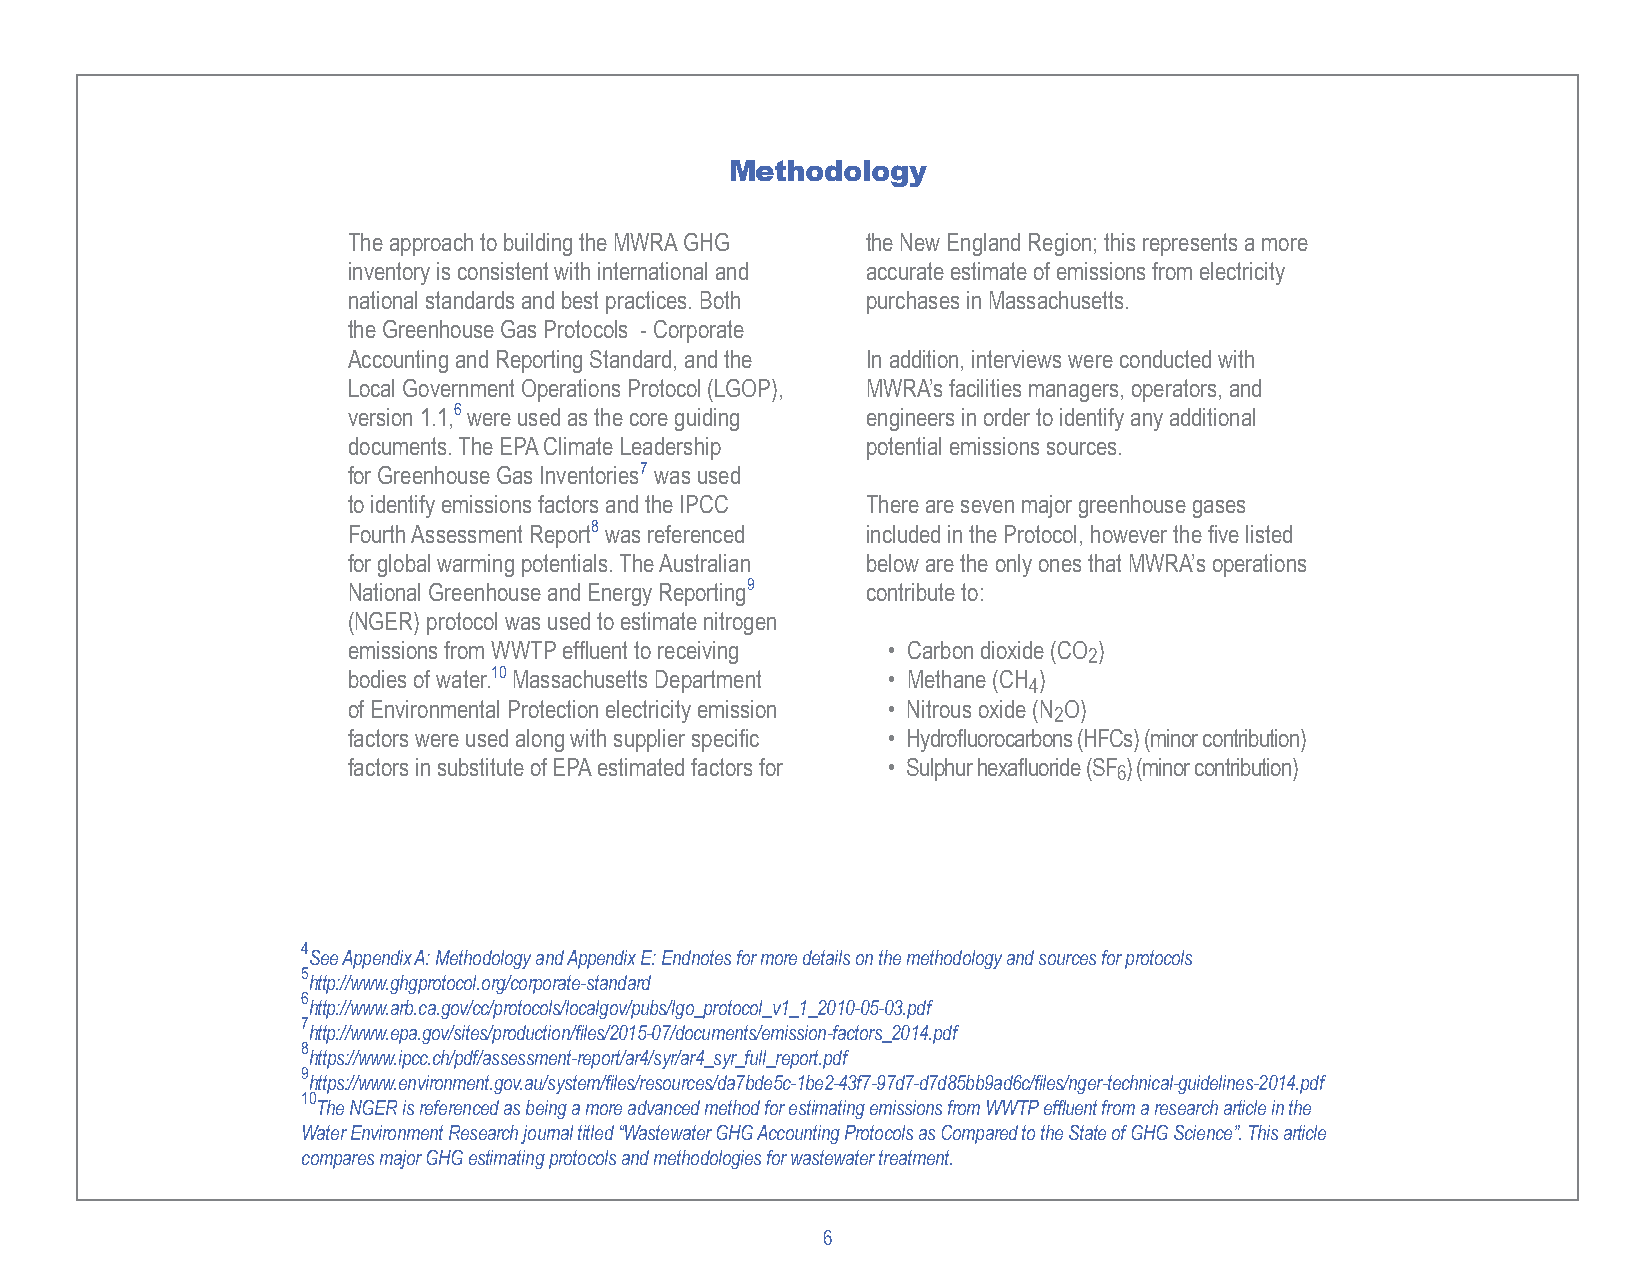
Methodology
 The approach to building the MWRA GHG the New England Region; this represents a more
 inventory is consistent with international and accurate estimate of emissions from electricity
 national standards and best practices. Both purchases in Massachusetts.
 the Greenhouse Gas Protocols - Corporate
 Accounting and Reporting Standard, and the In addition, interviews were conducted with
 Local Government Operations Protocol (LGOP), MWRA’s facilities managers, operators, and
 version 1.1,6 were used as the core guiding engineers in order to identify any additional
 documents. The EPA Climate Leadership potential emissions sources.
 for Greenhouse Gas Inventories7 was used
 to identify emissions factors and the IPCC There are seven major greenhouse gases
 Fourth Assessment Report8 was referenced included in the Protocol, however the five listed
 for global warming potentials. The Australian below are the only ones that MWRA’s operations
 National Greenhouse and Energy Reporting9 contribute to:
 (NGER) protocol was used to estimate nitrogen
 emissions from WWTP effluent to receiving • Carbon dioxide (CO )
 2
 bodies of water.10 Massachusetts Department • Methane (CH )
 4
 of Environmental Protection electricity emission • Nitrous oxide (N O)
 2
 factors were used along with supplier specific • Hydrofluorocarbons (HFCs) (minor contribution)
 factors in substitute of EPA estimated factors for • Sulphur hexafluoride (SF ) (minor contribution)
 6
 4
 See Appendix A: Methodology and Appendix E: Endnotes for more details on the methodology and sources for protocols
 5
 http://www.ghgprotocol.org/corporate-standard
 6
 http://www.arb.ca.gov/cc/protocols/localgov/pubs/lgo_protocol_v1_1_2010-05-03.pdf
 7
 http://www.epa.gov/sites/production/files/2015-07/documents/emission-factors_2014.pdf
 8
 https://www.ipcc.ch/pdf/assessment-report/ar4/syr/ar4_syr_full_report.pdf
 9
 https://www.environment.gov.au/system/files/resources/da7bde5c-1be2-43f7-97d7-d7d85bb9ad6c/files/nger-technical-guidelines-2014.pdf
 10
 The NGER is referenced as being a more advanced method for estimating emissions from WWTP effluent from a research article in the
 Water Environment Research journal titled “Wastewater GHG Accounting Protocols as Compared to the State of GHG Science”. This article
 compares major GHG estimating protocols and methodologies for wastewater treatment.
 6